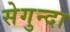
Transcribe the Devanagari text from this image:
सेगुन्दा